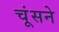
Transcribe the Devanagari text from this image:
चूंसने